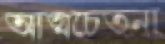
আত্মচেতনা